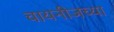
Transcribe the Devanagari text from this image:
चायनीजच्या